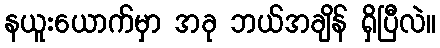
နယူးယောက်မှာ အခု ဘယ်အချိန် ရှိပြီလဲ။